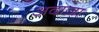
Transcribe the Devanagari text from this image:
अदाज़ा